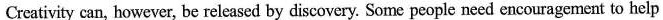
Creativity can, however, be released by discovery. Some people need encouragement to help